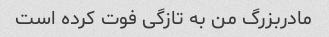
مادربزرگ من به تازگی فوت کرده است